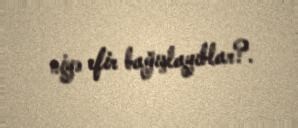
niyə efir bağışlayıblar?.